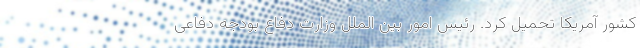
کشور آمریکا تحمیل کرد. رئیس امور بین الملل وزارت دفاع بودجه دفاعی